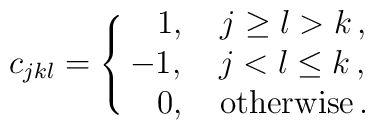
c_{jkl}= \cases{ \ \ \, 1, \quad j\ge l > k \, ,\cr                           -1,  \quad j < l \le k \, ,\cr                       \ \ \, 0, \quad {\rm otherwise} \, .}